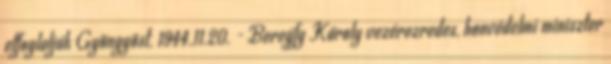
elfoglalják Gyöngyöst. 1944.11.20. - Beregfy Károly vezérezredes, honvédelmi miniszter